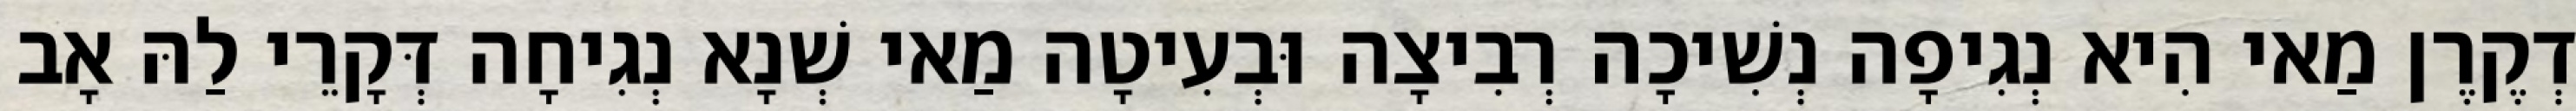
דְקֶרֶן מַאי הִיא נְגִיפָה נְשִׁיכָה רְבִיצָה וּבְעִיטָה מַאי שְׁנָא נְגִיחָה דְּקָרֵי לַהּ אָב